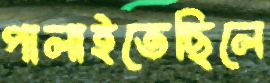
পালাইতেছিলে